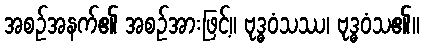
အစဉ်အနက်၏ အစဉ်အားဖြင့်။ ဗုဒ္ဓဝံသဿ၊ ဗုဒ္ဓဝံသ၏။